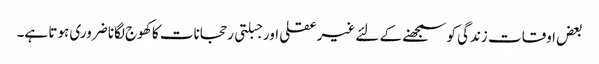
بعض اوقات زندگی کو سمجھنے کے لئے غیرعقلی اور جبلتی رحجانات کا کھوج لگانا ضروری ہوتا ہے۔